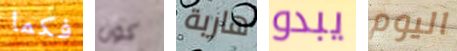
فكما كون هاربة يبدو اليوم